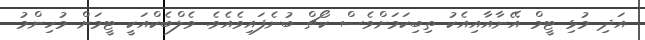
އަދި މުޅި ޓީމް އޭނާއާއިއެކު ތިބިކަމަށްވެސް ކޯޗް ބުނެފައިވެއެވެ. ވެލްބެކްއަކީ ޓީމަށް މުހިންމު